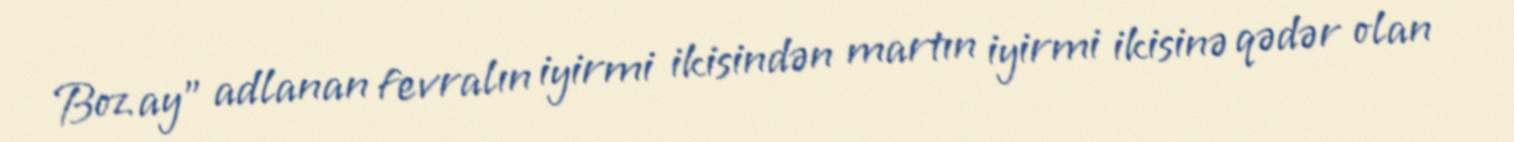
Boz ay" adlanan fevralın iyirmi ikisindən martın iyirmi ikisinə qədər olan